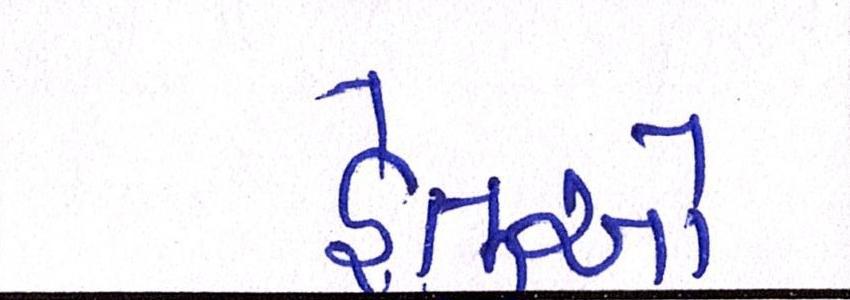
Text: હેતુઓ